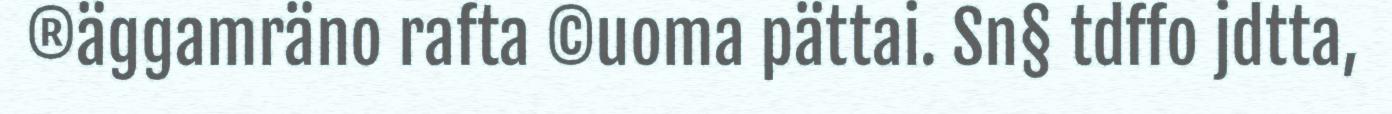
®äggamräno rafta ©uoma pättai. Sn§ tdffo jdtta,